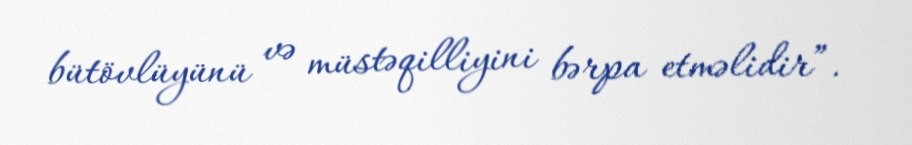
bütövlüyünü və müstəqilliyini bərpa etməlidir”.